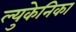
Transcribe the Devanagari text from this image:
ल्युकेनिका